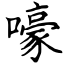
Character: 嚎